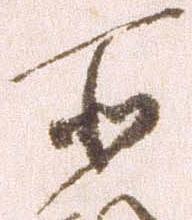
所